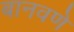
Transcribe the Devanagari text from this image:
बानवणे